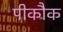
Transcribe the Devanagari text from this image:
पीकौक